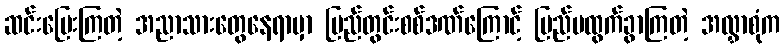
ဆင်းပြေးကြတဲ့ အညာသားတွေနေရာမှာ ပြည်တွင်းစစ်ဒဏ်ကြောင့် ပြည်ပထွက်ခွာကြတဲ့ အလွှာစုံက